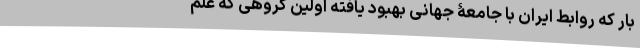
بار که روابط ایران با جامعۀ جهانی بهبود یافته اولین گروهی که عَلَم